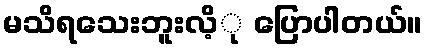
မသိရသေးဘူးလိ့ု ပြောပါတယ်။